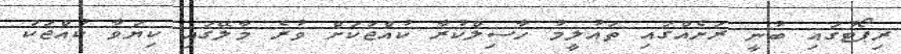
ރިޕޯޓުގައި ބުނީ ރަށެއްގައި ތައުލީމު ހާސިލްކުރާ ކުއްޖަކަށް ވުރެ މާލޭގައި ކިޔަވާ ކުއްޖަކު